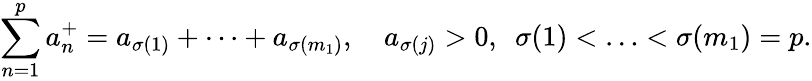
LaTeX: \sum_{n=1}^{p}a_{n}^{+}=a_{\sigma(1)}+\cdots+a_{\sigma(m_{1})},\quad a_{\sigma(j)}>0,\ \ \sigma(1)<\ldots<\sigma(m_{1})=p.